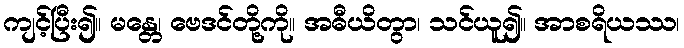
ကျင့်ပြီး၍။ မန္တေ၊ ဗေဒင်တို့ကို။ အဓီယိတွာ၊ သင်ယူ၍။ အာစရိယဿ၊